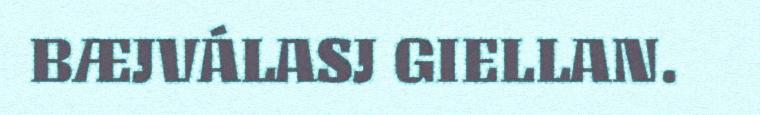
BÆJVÁLASJ GIELLAN.